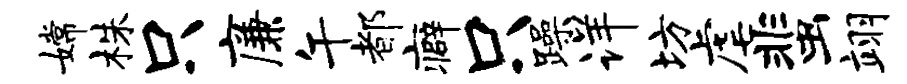
嫦株只廉午都癖只躁详坊虐蜚翊